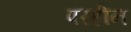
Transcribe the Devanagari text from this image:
परहीन